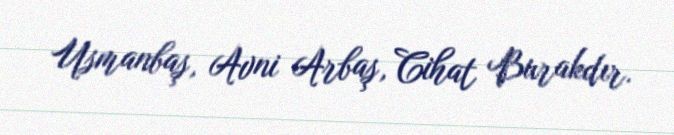
Usmanbaş, Avni Arbaş, Cihat Burakdır.